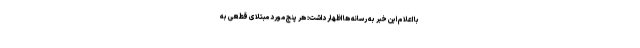
با اعلام این خبر به رسانه ها اظهار داشت: هر پنج مورد مبتلای قطعی به